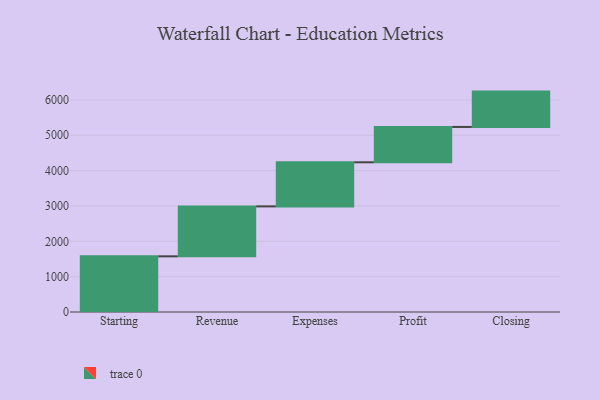
{"axis": {"x": "Step", "y": "Value"}, "legend": [""], "data": [{"x": "Starting", "y": 1575.0, "type": ""}, {"x": "Revenue", "y": 1413.0, "type": ""}, {"x": "Expenses", "y": 1248.0, "type": ""}, {"x": "Profit", "y": 1000, "type": ""}, {"x": "Closing", "y": 1000, "type": ""}]}